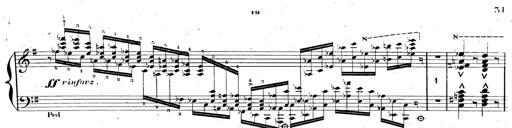
Title: AnnÃ©es de pÃ¨lerinage II, SupplÃ©ment
Composer: Franz Liszt